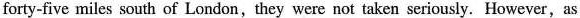
forty-five miles south of London,they were not taken seriously. However,as